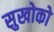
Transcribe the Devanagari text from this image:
सुखोको